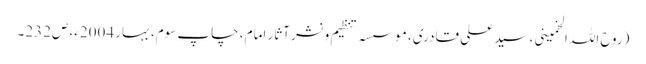
(روح اللہ الخمینی، سید علی قادری، موسسہ تنظیم و نشر آثار امام ، چاپ سوم، بہار 2004ء، ص232۔